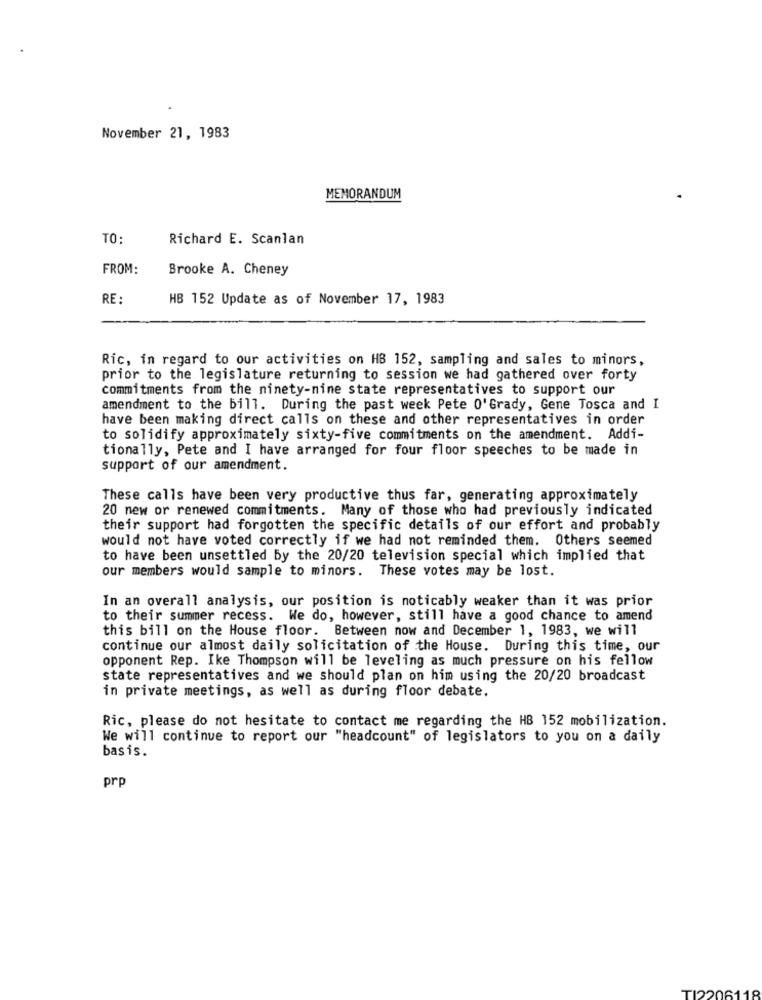
November 21, 1983
MEMORANDUM
TO:
Richard E. Scanlan
FROM:
Brooke A. Cheney
RE :
HB 152 Update as of November 17, 1983
Ric, in regard to our activities on HB 152, sampling and sales to minors,
prior to the legislature returning to session we had gathered over forty
commitments from the ninety-nine state representatives to support our
amendment to the bill. During the past week Pete O'Grady, Gene Tosca and I
have been making direct calls on these and other representatives in order
to solidify approximately sixty-five commitments on the amendment. Addi-
tionally, Pete and I have arranged for four floor speeches to be made in
support of our amendment.
These calls have been very productive thus far, generating approximately
20 new or renewed commitments. Many of those who had previously indicated
their support had forgotten the specific details of our effort and probably
would not have voted correctly if we had not reminded them. Others seemed
to have been unsettled by the 20/20 television special which implied that
our members would sample to minors. These votes may be lost.
In an overall analysis, our position is noticably weaker than it was prior
to their summer recess. We do, however, still have a good chance to amend
this bill on the House floor. Between now and December 1, 1983, we will
continue our almost daily solicitation of the House. During this time, our
opponent Rep. Ike Thompson will be leveling as much pressure on his fellow
state representatives and we should plan on him using the 20/20 broadcast
in private meetings, as well as during floor debate.
Ric, please do not hesitate to contact me regarding the HB 152 mobilization.
We will continue to report our "headcount" of legislators to you on a daily
basis.
prp
TI2206118